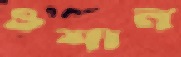
ওশান